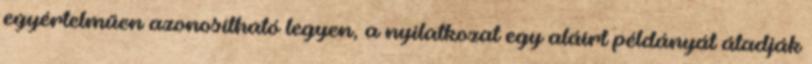
egyértelműen azonosítható legyen, a nyilatkozat egy aláírt példányát átadják